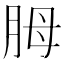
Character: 胟